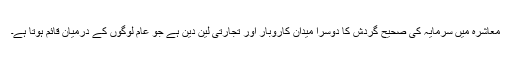
معاشرہ میں سرمایہ کی صحیح گردش کا دوسرا میدان کاروبار اور تجارتی لین دین ہے جو عام لوگوں کے درمیان قائم ہوتا ہے۔